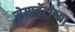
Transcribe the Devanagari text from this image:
मेगावॅटांच्या